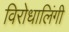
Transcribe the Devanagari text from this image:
विरोधालिंगी